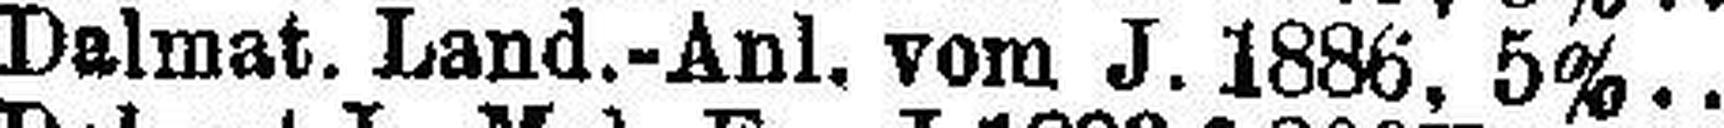
Dalmat. Land.-Anl. vom J. 1886, 5%..